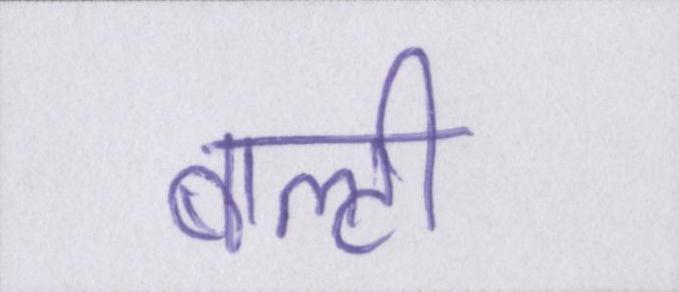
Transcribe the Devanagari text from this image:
बाल्टी